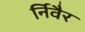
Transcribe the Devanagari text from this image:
र्निवैर